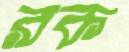
রক